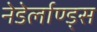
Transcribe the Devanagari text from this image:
नेडेर्लाण्ड्स